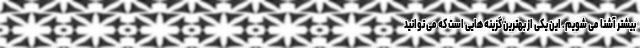
بیشتر آشنا می شویم. این یکی از بهترین گزینه هایی است که می توانید